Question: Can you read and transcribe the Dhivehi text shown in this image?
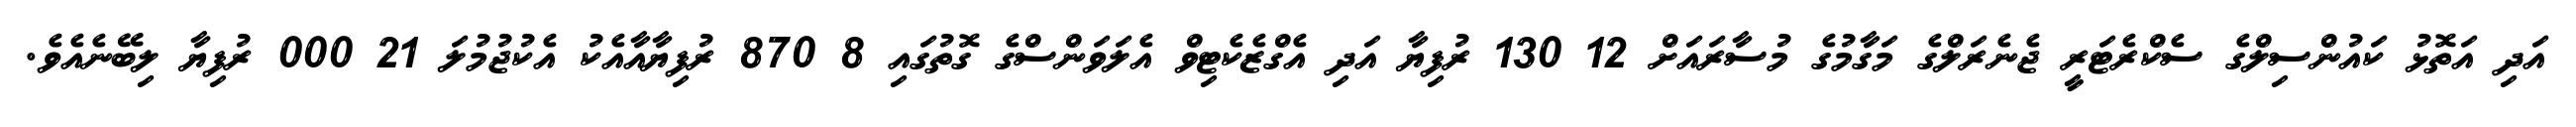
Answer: އަދި އަތޮޅު ކައުންސިލްގެ ސެކްރެޓަރީ ޖެނެރަލްގެ މަގާމުގެ މުސާރައަށް 12 130 ރުފިޔާ އަދި އެގްޒެކެޓިވް އެލަވަންސްގެ ގޮތުގައި 8 870 ރުފިޔާއާއެކު އެކުޖުމުލަ 21 000 ރުފިޔާ ލިބޭނެއެވެ.